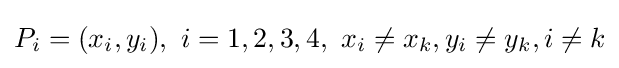
P_{i}=(x_{i},y_{i}),\ i=1,2,3,4,\ x_{i}\neq x_{k},y_{i}\neq y_{k},i\neq k